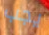
يجب